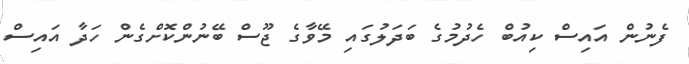
ފެނުން އައިސް ކިއުބް ހެދުމުގެ ބަދަލުގައި މޭވާގެ ޖޫސް ބޭނުންކޮށްގެން ހަދާ އައިސް